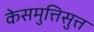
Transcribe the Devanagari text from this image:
केसमुत्तिसुत्त